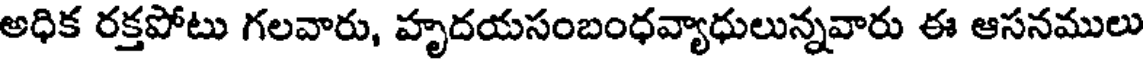
అధిక రక్తపోటు గలవారు, హృదయసంబంధవ్యాధులున్నవారు ఈ ఆసనములు